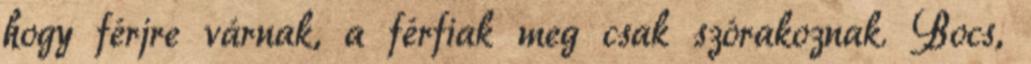
hogy férjre várnak, a férfiak meg csak szórakoznak. Bocs,